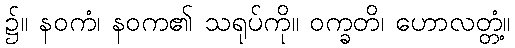
၌။ နဝကံ၊ နဝက၏ သရုပ်ကို။ ဝက္ခတိ၊ ဟောလတ္တံ့။